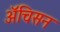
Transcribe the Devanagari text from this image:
ॲचिसन